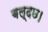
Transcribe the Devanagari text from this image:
बल्दछ।